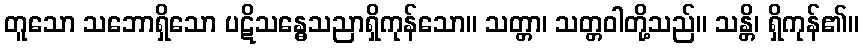
တူသော သဘောရှိသော ပဋိသန္ဓေသညာရှိကုန်သော။ သတ္တာ၊ သတ္တဝါတို့သည်။ သန္တိ၊ ရှိကုန်၏။